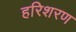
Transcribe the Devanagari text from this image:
हरिशरण